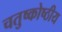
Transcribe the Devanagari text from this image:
चतुष्कोष्ठीय